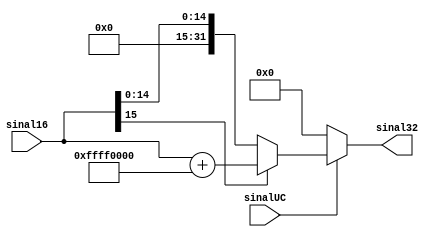
module extensorBits(sinalUC, sinal16, sinal32);

	input sinalUC;
	input [15:0] sinal16;
	output reg [31:0] sinal32;

	always@(*) begin
		sinal32 = 0;
		if (sinalUC) begin
			if (sinal16[15] == 1)
				sinal32 = sinal16 + 32'b11111111111111110000000000000000;
			else
				sinal32 = {16'd0, sinal16};
		end
	end	
endmodule